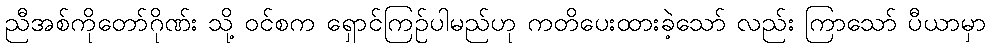
ညီအစ်ကိုတော်ဂိုဏ်း သို့ ဝင်စက ရှောင်ကြဉ်ပါမည်ဟု ကတိပေးထားခဲ့သော် လည်း ကြာသော် ပီယာမှာ